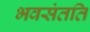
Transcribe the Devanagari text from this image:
भवसंतति